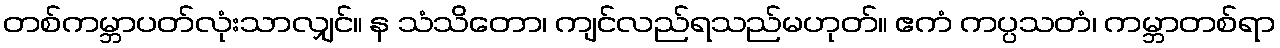
တစ်ကမ္ဘာပတ်လုံးသာလျှင်။ န သံသိတော၊ ကျင်လည်ရသည်မဟုတ်။ ဧကံ ကပ္ပသတံ၊ ကမ္ဘာတစ်ရာ